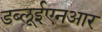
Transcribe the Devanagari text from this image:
डब्लूईएनआर